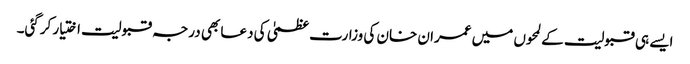
ایسے ہی قبولیت کے لمحوں میں عمران خان کی وزارت عظمیٰ کی دعا بھی درجہ قبولیت اختیار کرگئی۔